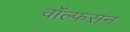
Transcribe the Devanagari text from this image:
वॉल्फसन